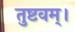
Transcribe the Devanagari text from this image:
तुष्टवम्।